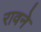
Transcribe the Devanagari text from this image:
रावने